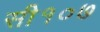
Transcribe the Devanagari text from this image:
सी१०७